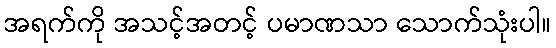
အရက်ကို အသင့်အတင့် ပမာဏသာ သောက်သုံးပါ။